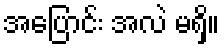
အပြောင်း အလဲ မရှိ။